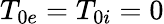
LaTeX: T_{0e}=T_{0i}=0